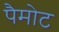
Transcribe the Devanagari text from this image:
पैमोट